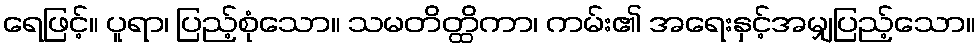
ရေဖြင့်။ ပူရာ၊ ပြည့်စုံသော။ သမတိတ္ထိကာ၊ ကမ်း၏ အရေးနှင့်အမျှပြည့်သော။